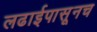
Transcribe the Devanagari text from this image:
लढाईपासूनच